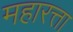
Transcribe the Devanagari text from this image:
महारत्ता